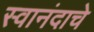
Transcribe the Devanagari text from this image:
स्वानंदाचे